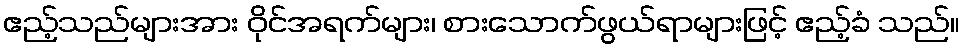
ဧည့်သည်များအား ဝိုင်အရက်များ၊ စားသောက်ဖွယ်ရာများဖြင့် ဧည့်ခံ သည်။